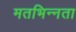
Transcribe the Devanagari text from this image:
मतभिन्‍नता